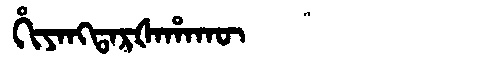
Manchu: ᡥᡳᠶᠠᠩᡨᠠᡵᡧᠠᡥᠠᡴᡡ
Romanization: HIYANGTARŠAHAKŪ